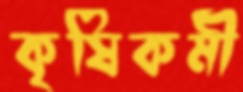
কৃষিকর্মী